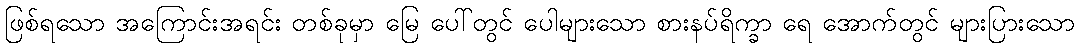
ဖြစ်ရသော အကြောင်းအရင်း တစ်ခုမှာ မြေ ပေါ်တွင် ပေါများသော စားနပ်ရိက္ခာ ရေ အောက်တွင် များပြားသော